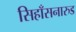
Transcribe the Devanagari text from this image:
सिहाँसनारुड